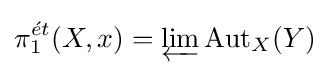
\pi _{1}^{{\acute {e}}t}(X,x)=\varprojlim \operatorname {Aut} _{X}(Y)